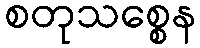
စတုသစ္စေန